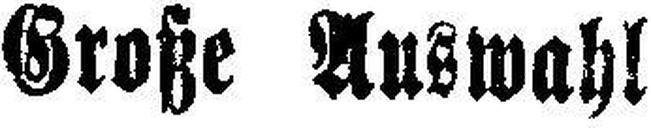
Große Auswahl